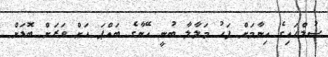
ސުލްހައިގެ އިނާމަށް ފަހު މަލާލާ ބުނީ އޭނާގެ ބައްޕަ އަށް ވަރަށް ބޮޑަށް